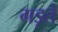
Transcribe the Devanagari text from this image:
गड़ते